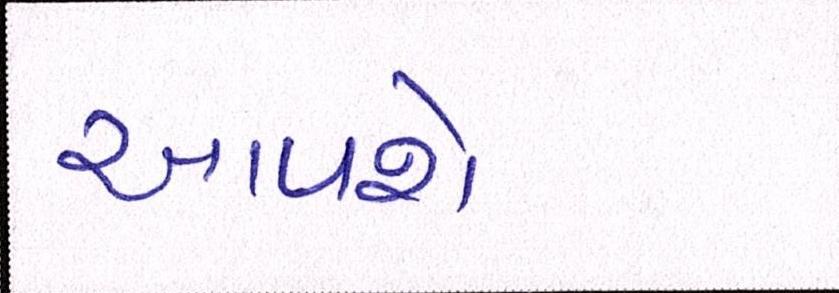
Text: આપશે